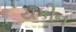
યકીન